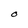
Character: O